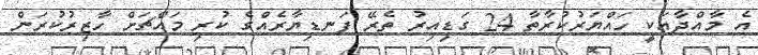
އެ މާއްދާއަކީ ހައްޔަރުކުރާތާ 24 ގަޑިއިރު ތެރޭ ފަނޑިޔާރެއްގެ ކުރި މައްޗަށް ހާޒިރުކުރަން